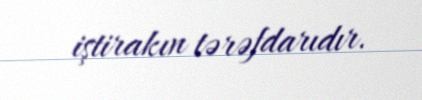
iştirakın tərəfdarıdır.